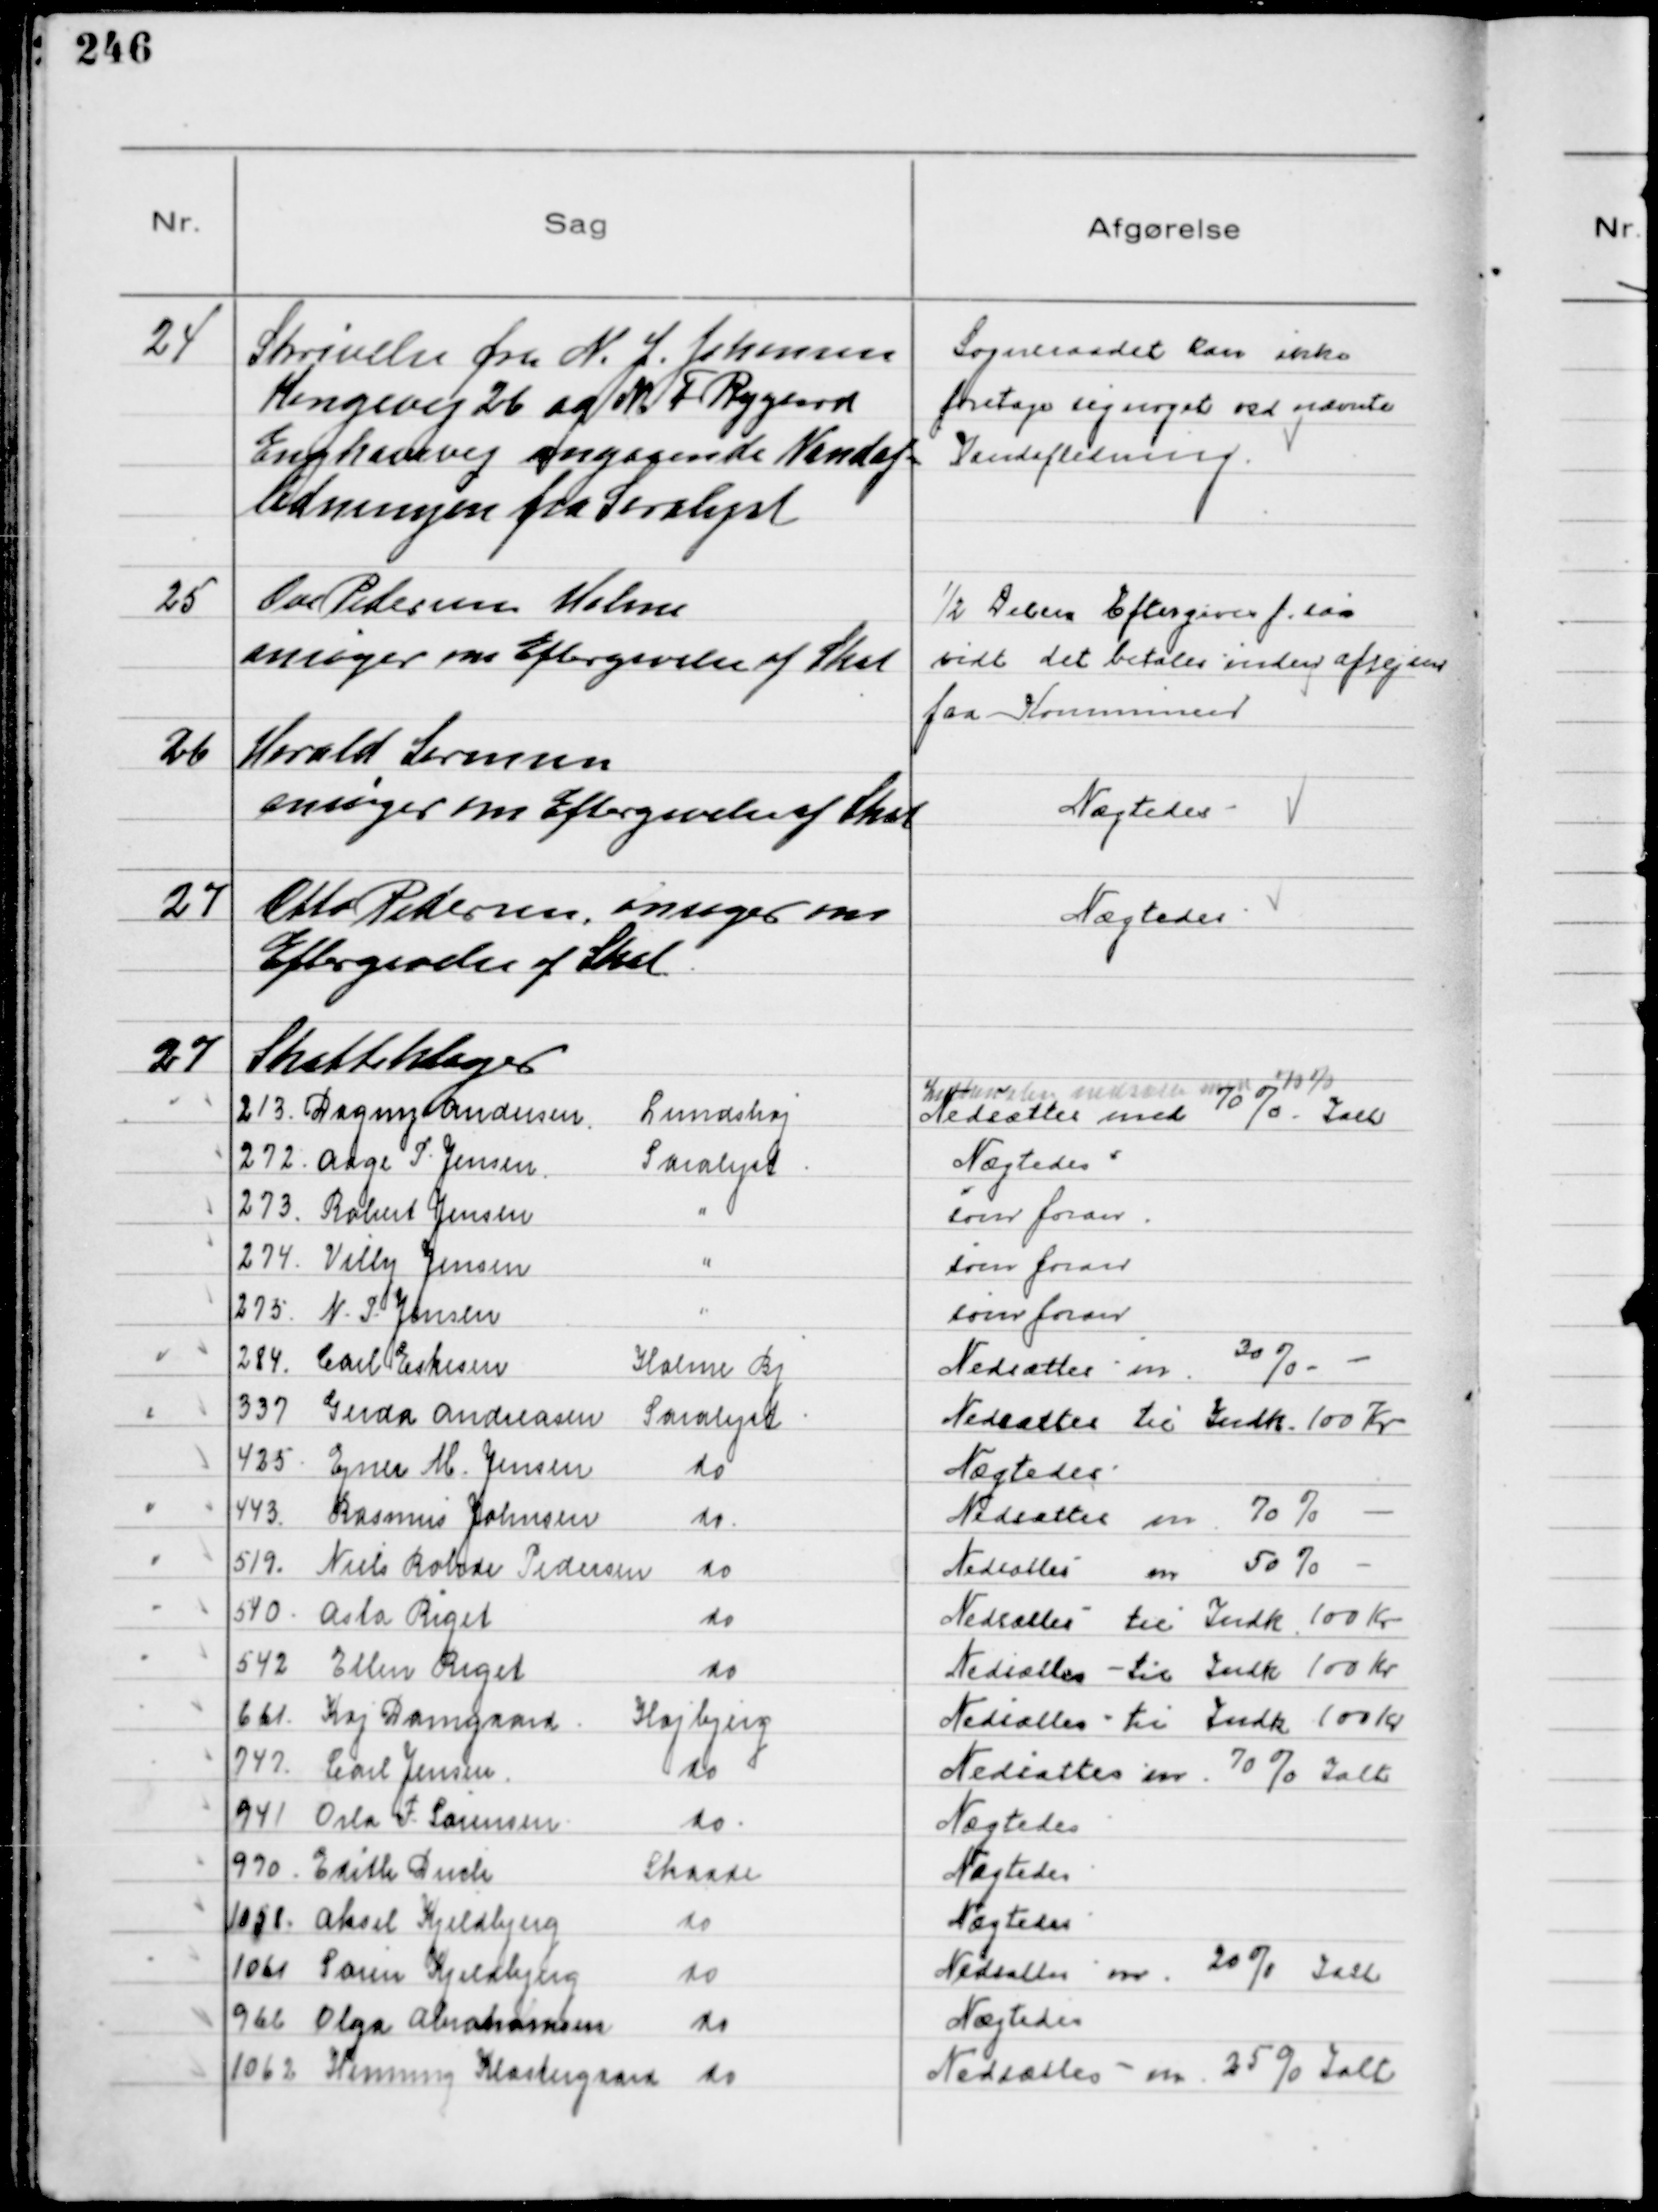
Transskription:
24
Skrivelse fra N. J. Johansen
Kongevej 26 og M. F. Rygaard
Enghavevej angaaende Vandaf-
ledningen fra Saralyst

Sogneraadet kan ikke
foretage sig noget ved nævnte
Vandafledning

25
Ove Pedersen Holme
ansøger om Eftergivelse af Skat

½ Delen Eftergives f. saa
vidt det betales inden afrejsen
fra Kommunen

26
Harald Sørensen
ansøger om Eftergivelse af Skat

Nægtedes

27
Otto Pedersen, ansøger om
Eftergivelse af Skat

Nægtedes

27
Skatteklager
213. Dagny Andersen Lundshøj
Indkomsten nedsættes med 70%
Nedsættes med 70% Ialt
272. Aage P. Jensen Saralyst
Nægtedes
273. Robert Jensen  "
som foran
274. Villy Jensen "
som foran
275. N. P. Jensen "
som foran
284. Carl Eskesen Holme BJ
Nedsættes m. 30%
337 Gerda Andreasen Saralyst
Nedsættes til Indk. 100 Kr
425 Ejner M. Jensen do
Nægtedes
443. Rasmus Johnsen do
Nedsættes m. 70%
519. Niels Rohde Pedersen do
Nedsættes m. 50%
540. Asta Riget do
Nedsættes til Indk. 100 Kr
542 Ellen Riget do
Nedsættes til Indk. 100 Kr
661. Kaj Damgaard Højbjerg
Nedsættes til Indk. 100 Kr
747. Carl Jensen do
Nedsættes m. 70%
941 Orla F. Sørensen do
Nægtedes
990. Edith Duch Skaade
Nægtedes
1058. Aksel Kjeldbjerg do
Nægtedes
1061 Søren Kjeldbjerg do
Nedsættes m. 20% Ialt
966 Olga Abrahamsen do
Nægtedes
1062 Henning Klostergaard do
Nedsættes m. 25% Ialt